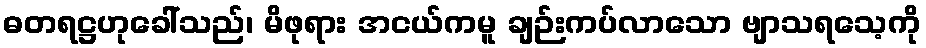
ဓတရဋ္ဌဟုခေါ်သည်၊ မိဖုရား အငယ်ကမူ ချဉ်းကပ်လာသော ဗျာသရသေ့ကို